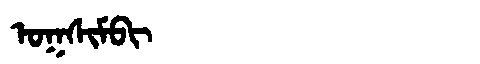
Manchu: ᠣᡴᠰᡳᠮᠪᡳ
Romanization: OKSIMBI